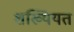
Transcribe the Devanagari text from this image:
शख्यियत